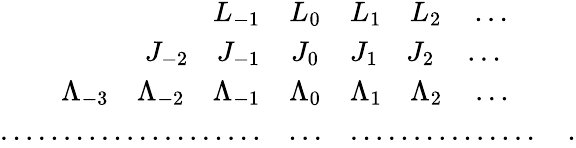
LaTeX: \begin{array}{rcl}{{L_{-1}}}&{{L_{0}}}&{{L_{1}\quad L_{2}\quad\ldots}}\\ {{J_{-2}\quad J_{-1}}}&{{J_{0}}}&{{J_{1}\quad J_{2}\quad\ldots}}\\ {{\Lambda_{-3}\quad\Lambda_{-2}\quad\Lambda_{-1}}}&{{\Lambda_{0}}}&{{\Lambda_{1}\quad\Lambda_{2}\quad\ldots}}\\ {{\ldots\ldots\ldots\ldots\ldots\ldots\ldots}}&{{\ldots}}&{{\ldots\ldots\ldots\ldots\ldots\quad.}}\end{array}